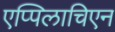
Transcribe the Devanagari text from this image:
एप्पिलाचिएन